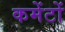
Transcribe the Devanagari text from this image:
कमेंटों